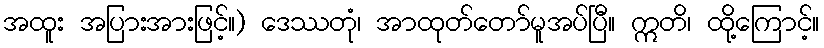
အထူး အပြားအားဖြင့်။) ဒေဿတုံ၊ အာထုတ်တော်မူအပ်ပြီ။ ဣတိ၊ ထို့ကြောင့်။